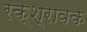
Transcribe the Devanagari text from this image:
रक्श्रावक